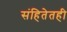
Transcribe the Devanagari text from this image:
संहितेतही